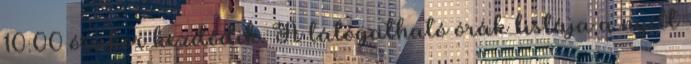
10:00 órakor kezdődik. A látogatható órák listája a nyílt